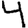
Digit: 4